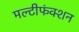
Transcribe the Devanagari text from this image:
मल्टीफंक्शन